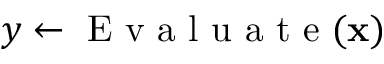
y \gets \mathrm { ~ E ~ v ~ a ~ l ~ u ~ a ~ t ~ e ~ } ( \mathbf { x } )